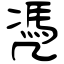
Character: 凴